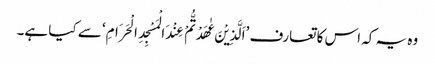
وہ یہ کہ اس کا تعارف ’اَلَّذِیْنَ عٰھَدْتُّمْ عِنْدَ الْمَسْجِدِ الْحَرَامِ‘ سے کیا ہے۔